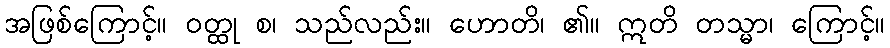
အဖြစ်ကြောင့်။ ဝတ္ထု စ၊ သည်လည်း။ ဟောတိ၊ ၏။ ဣတိ တသ္မာ၊ ကြောင့်။